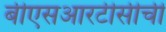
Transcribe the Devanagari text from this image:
बीएसआरटीसीची